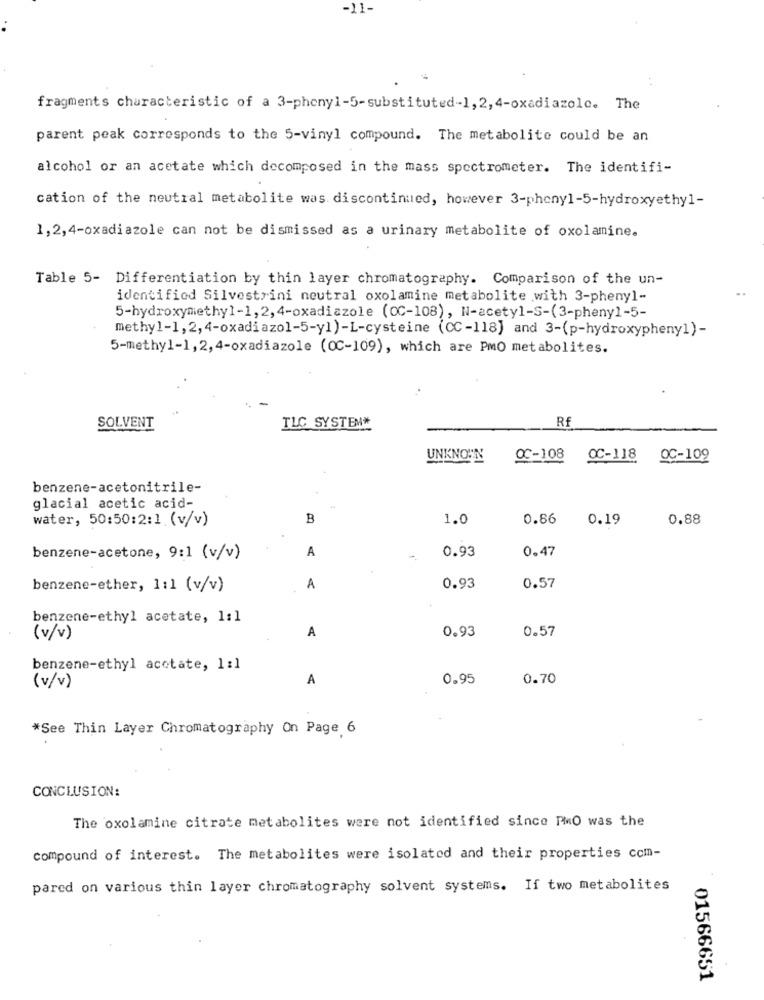
-11-
fragments characteristic of a 3-phenyl-5-substituted-1, 2, 4-oxadiazolc. The
parent peak corresponds to the 5-vinyl compound. The metabolite could be an
alcohol or an acetate which decomposed in the mass spectrometer. The identifi-
cation of the neutral metabolite was. discontinued, however 3-phenyl-5-hydroxyethyl-
1,2,4-oxadiazole can not be dismissed as a urinary metabolite of oxolamine.
Table 5- Differentiation by thin layer chromatography. Comparison of the un-
identified Silvestrini neutral oxolamine metabolite with 3-phenyl-
5-hydroxymethyl-1, 2, 4-oxadiazole (OC-108), N-acetyl-S-(3-phenyl-5-
methyl-1,2, 4-oxadiazol-5-y1)-L-cysteine (CC-118] and 3-(p-hydroxypheny1)-
5-methyl-1,2,4-oxadiazole (OC-109), which are PmO metabolites.
TLC SYSTEM*
Rf
SOLVENT
UNKNOWN
OC-108
OC-118
OC-109
benzene-acetonitrile-
glacial acetic acid-
water, 50:50:2:1 (v/v)
B
1.0
0.86
0.19
0.88
A
0.93
0.47
benzene-acetone, 9:1 (v/v)
benzene-ether, 1:1 (v/v)
A
0.93
0.57
benzene-ethyl acetate, 1:1
A
0.93
0.57
(v/v)
benzene-ethyl acetate, 1:1
A
0.95
0.70
(v/v)
*See Thin Layer Chromatography On Page 6
CONCLUSION:
The oxolamine citrate metabolites were not identified since PMO was the
compound of interest. The metabolites were isolated and their properties com-
pared on various thin layer chromatography solvent systems. If two metabolites
01566651